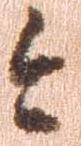
今